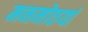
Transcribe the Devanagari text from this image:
मनमोतयां